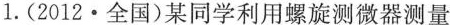
1.(2012·全国)某同学利用螺旋测微器测量